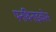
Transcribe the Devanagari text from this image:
पनथिनाइकोस